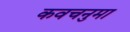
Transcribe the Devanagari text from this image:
कवचनुमा